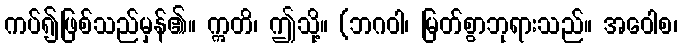
ကပ်၍ဖြစ်သည်မှန်၏။ ဣတိ၊ ဤသို့။ (ဘဂဝါ၊ မြတ်စွာဘုရားသည်။ အဝေါစ၊